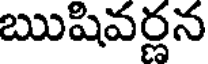
ఋషివర్లన